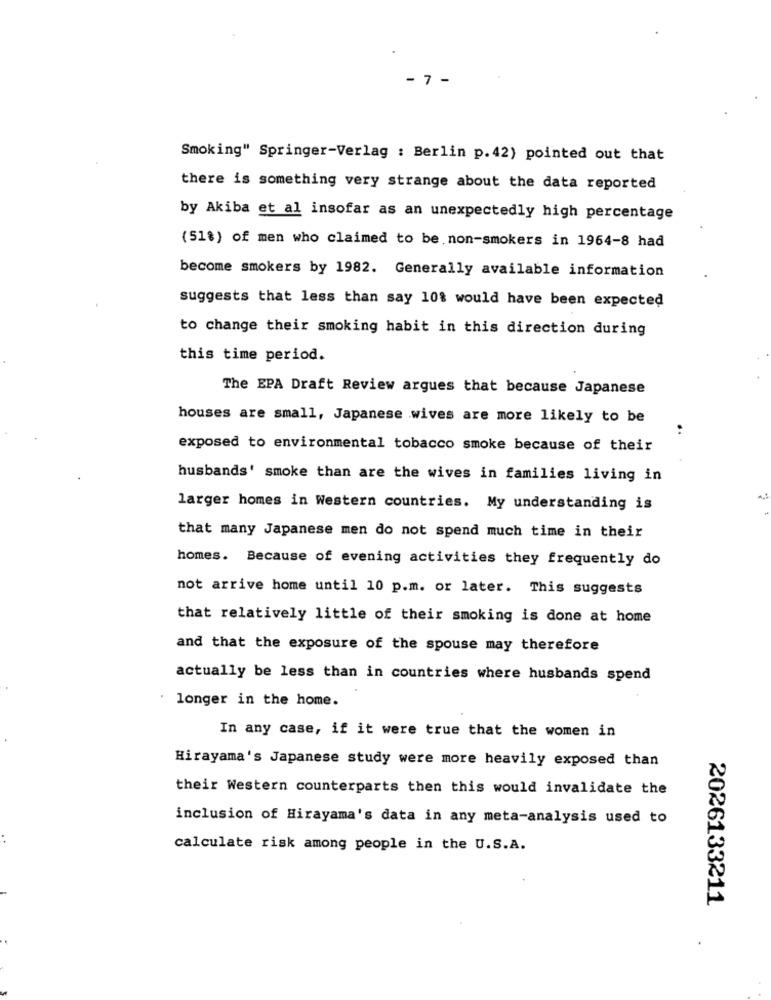
- 7 -
Smoking" Springer-Verlag : Berlin p.42) pointed out that
there is something very strange about the data reported
by Akiba et al insofar as an unexpectedly high percentage
(51%) of men who claimed to be non-smokers in 1964-8 had
become smokers by 1982. Generally available information
suggests that less than say 10% would have been expected
to change their smoking habit in this direction during
this time period.
The EPA Draft Review argues that because Japanese
houses are small, Japanese wives are more likely to be
..
exposed to environmental tobacco smoke because of their
husbands' smoke than are the wives in families living in
larger homes in Western countries. My understanding is
that many Japanese men do not spend much time in their
homes. Because of evening activities they frequently do
not arrive home until 10 p.m. or later. This suggests
that relatively little of their smoking is done at home
and that the exposure of the spouse may therefore
actually be less than in countries where husbands spend
longer in the home.
In any case, if it were true that the women in
Hirayama's Japanese study were more heavily exposed than
their Western counterparts then this would invalidate the
inclusion of Hirayama's data in any meta-analysis used to
calculate risk among people in the U.S.A.
2026133211